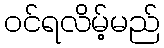
ဝင်ရလိမ့်မည်